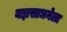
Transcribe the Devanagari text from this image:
यज्ञसाधनेला